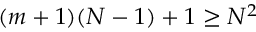
( m + 1 ) ( N - 1 ) + 1 \geq N ^ { 2 }